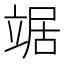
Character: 𫁦